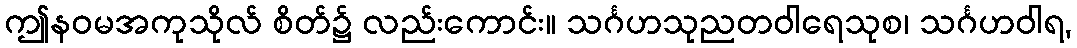
ဤနဝမအကုသိုလ် စိတ်၌ လည်းကောင်း။ သင်္ဂဟသုညတဝါရေသုစ၊ သင်္ဂဟဝါရ,